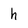
Character: h